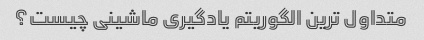
متداول ترین الگوریتم یادگیری ماشینی چیست؟